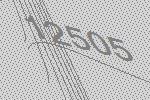
12505